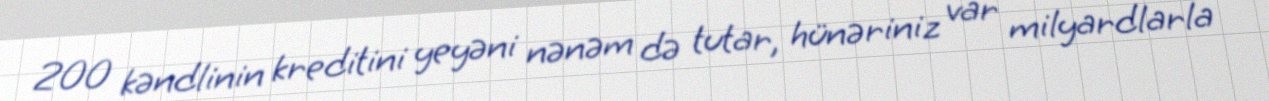
200 kəndlinin kreditini yeyəni nənəm də tutar, hünəriniz var milyardlarla